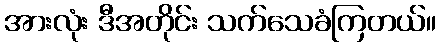
အားလုံး ဒီအတိုင်း သက်သေခံကြတယ်။